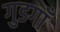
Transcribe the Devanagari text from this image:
गुडगाँ